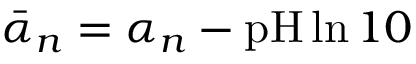
\bar { \alpha } _ { n } = \alpha _ { n } - \mathrm { p H } \ln { 1 0 }